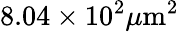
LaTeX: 8.04\times 10^{2}\mu\mathrm{m}^{2}